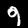
Label: 9